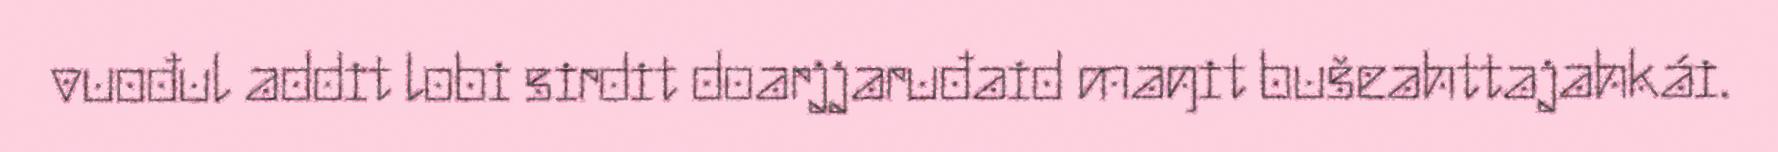
vuođul addit lobi sirdit doarjjaruđaid maŋit bušeahttajahkái.